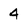
Character: 4